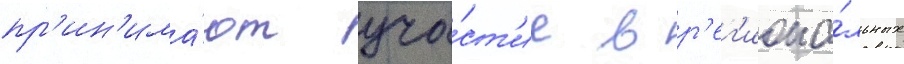
пр'ин'има́ют уча́ст'ие в р'ег'иона́льных